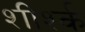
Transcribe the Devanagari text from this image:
शीर्श्क